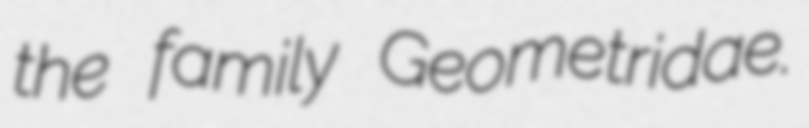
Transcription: the family Geometridae.